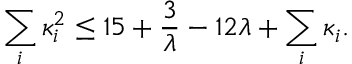
\sum _ { i } \kappa _ { i } ^ { 2 } \leq 1 5 + { \frac { 3 } { \lambda } } - 1 2 \lambda + \sum _ { i } \kappa _ { i } .